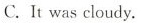
C.It was cloudy.